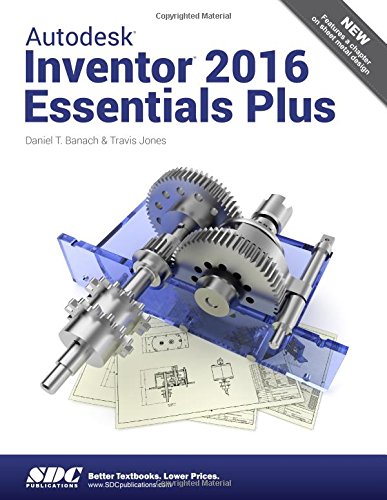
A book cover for Autodesk Inventor 2016 Essentials Plus; Daniel Banach; Engineering & Transportation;